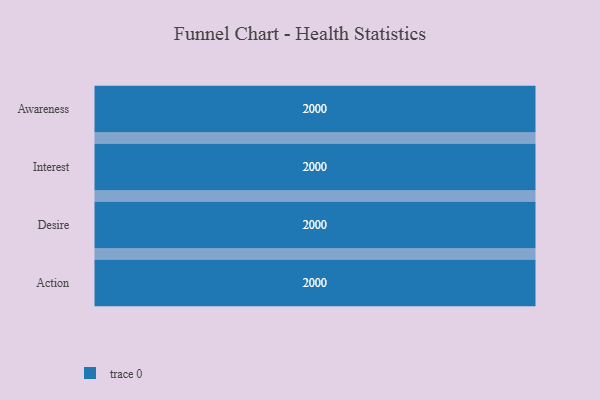
{"axis": {"x": "Stage", "y": "Value"}, "legend": [""], "data": [{"x": "Awareness", "y": 2000, "type": ""}, {"x": "Interest", "y": 2000, "type": ""}, {"x": "Desire", "y": 2000, "type": ""}, {"x": "Action", "y": 2000, "type": ""}]}